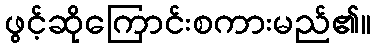
ဖွင့်ဆိုကြောင်းစကားမည်၏။